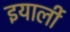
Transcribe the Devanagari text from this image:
इयार्ली